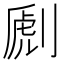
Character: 𠞄